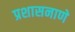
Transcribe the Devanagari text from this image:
प्रशासनाणे